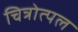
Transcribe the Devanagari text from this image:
चित्रोत्पल